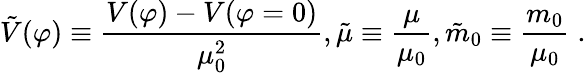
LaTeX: {\tilde{V}}(\varphi)\equiv{\frac{V(\varphi)-V(\varphi=0)}{\mu_{0}^{2}}},{\tilde{\mu}}\equiv{\frac{\mu}{\mu_{0}}},{\tilde{m}}_{0}\equiv{\frac{m_{0}}{\mu_{0}}}\; .